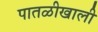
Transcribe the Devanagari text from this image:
पातळीखाली